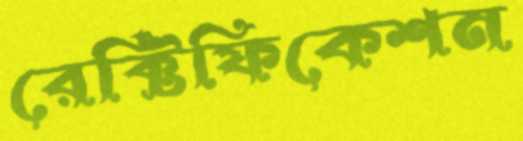
রেক্টিফিকেশন